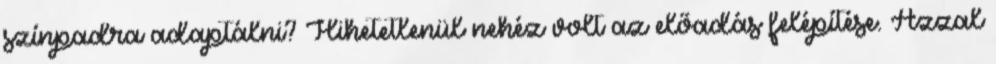
színpadra adaptálni? Hihetetlenül nehéz volt az előadás felépítése. Azzal